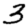
Digit: 3